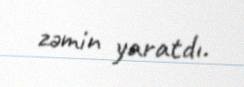
zəmin yaratdı.